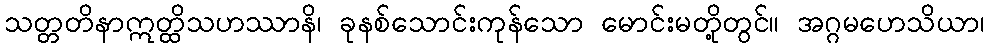
သတ္တတိနာဣတ္ထိသဟဿာနိ၊ ခုနစ်သောင်းကုန်သော မောင်းမတို့တွင်။ အဂ္ဂမဟေသိယာ၊